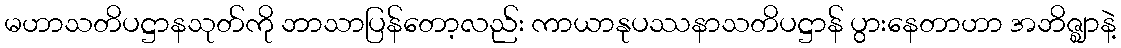
မဟာသတိပဋ္ဌာနသုတ်ကို ဘာသာပြန်တော့လည်း ကာယာနုပဿနာသတိပဋ္ဌာန် ပွားနေတာဟာ အဘိဇ္ဈာနဲ့